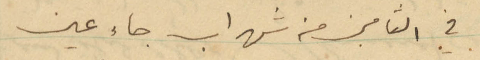
في الثامن من شهر اب جاء عين